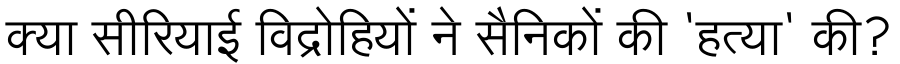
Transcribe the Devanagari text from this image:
क्या सीरियाई विद्रोहियों ने सैनिकों की 'हत्या' की?